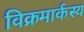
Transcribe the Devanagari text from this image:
विक्रमार्कस्य